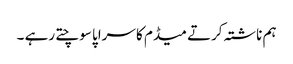
ہم ناشتہ کرتے میڈم کا سراپا سوچتے رہے ۔